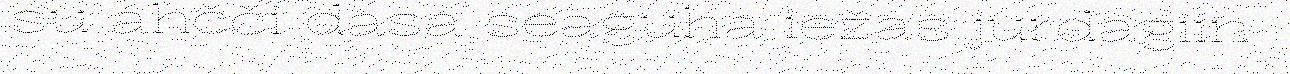
su áhčči dasa seaguha iežas jurdagiin